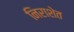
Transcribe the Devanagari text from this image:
निराशेत